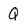
Character: Q